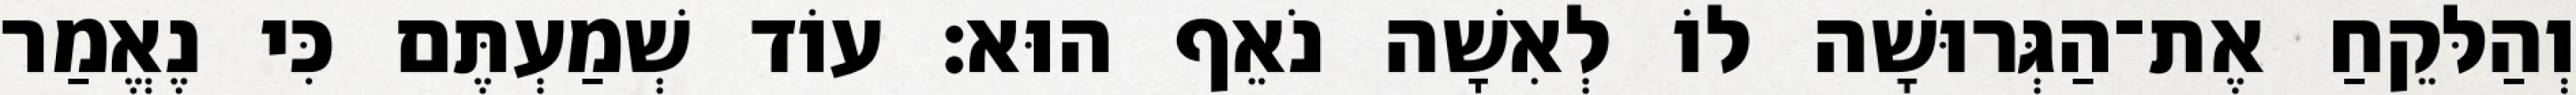
וְהַלּקֵחַ אֶת־הַגְּרוּשָׁה לוֹ לְאִשָׁה נֹאֵף הוּא׃ עוֹד שְׁמַעְתֶּם כִּי נֶאֱמַר